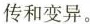
传和变异。